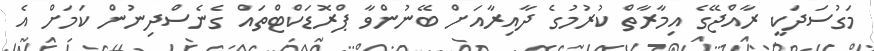
މަގުސަދަކީ ރާއްޖޭގެ އިމާރާތް ކުރުމުގެ ދާއިރާއަށް ބޭނުންވާ ޕްރޮޑަކްޓްތައް ގެނެސްދިނުން ކަމަށް އެ